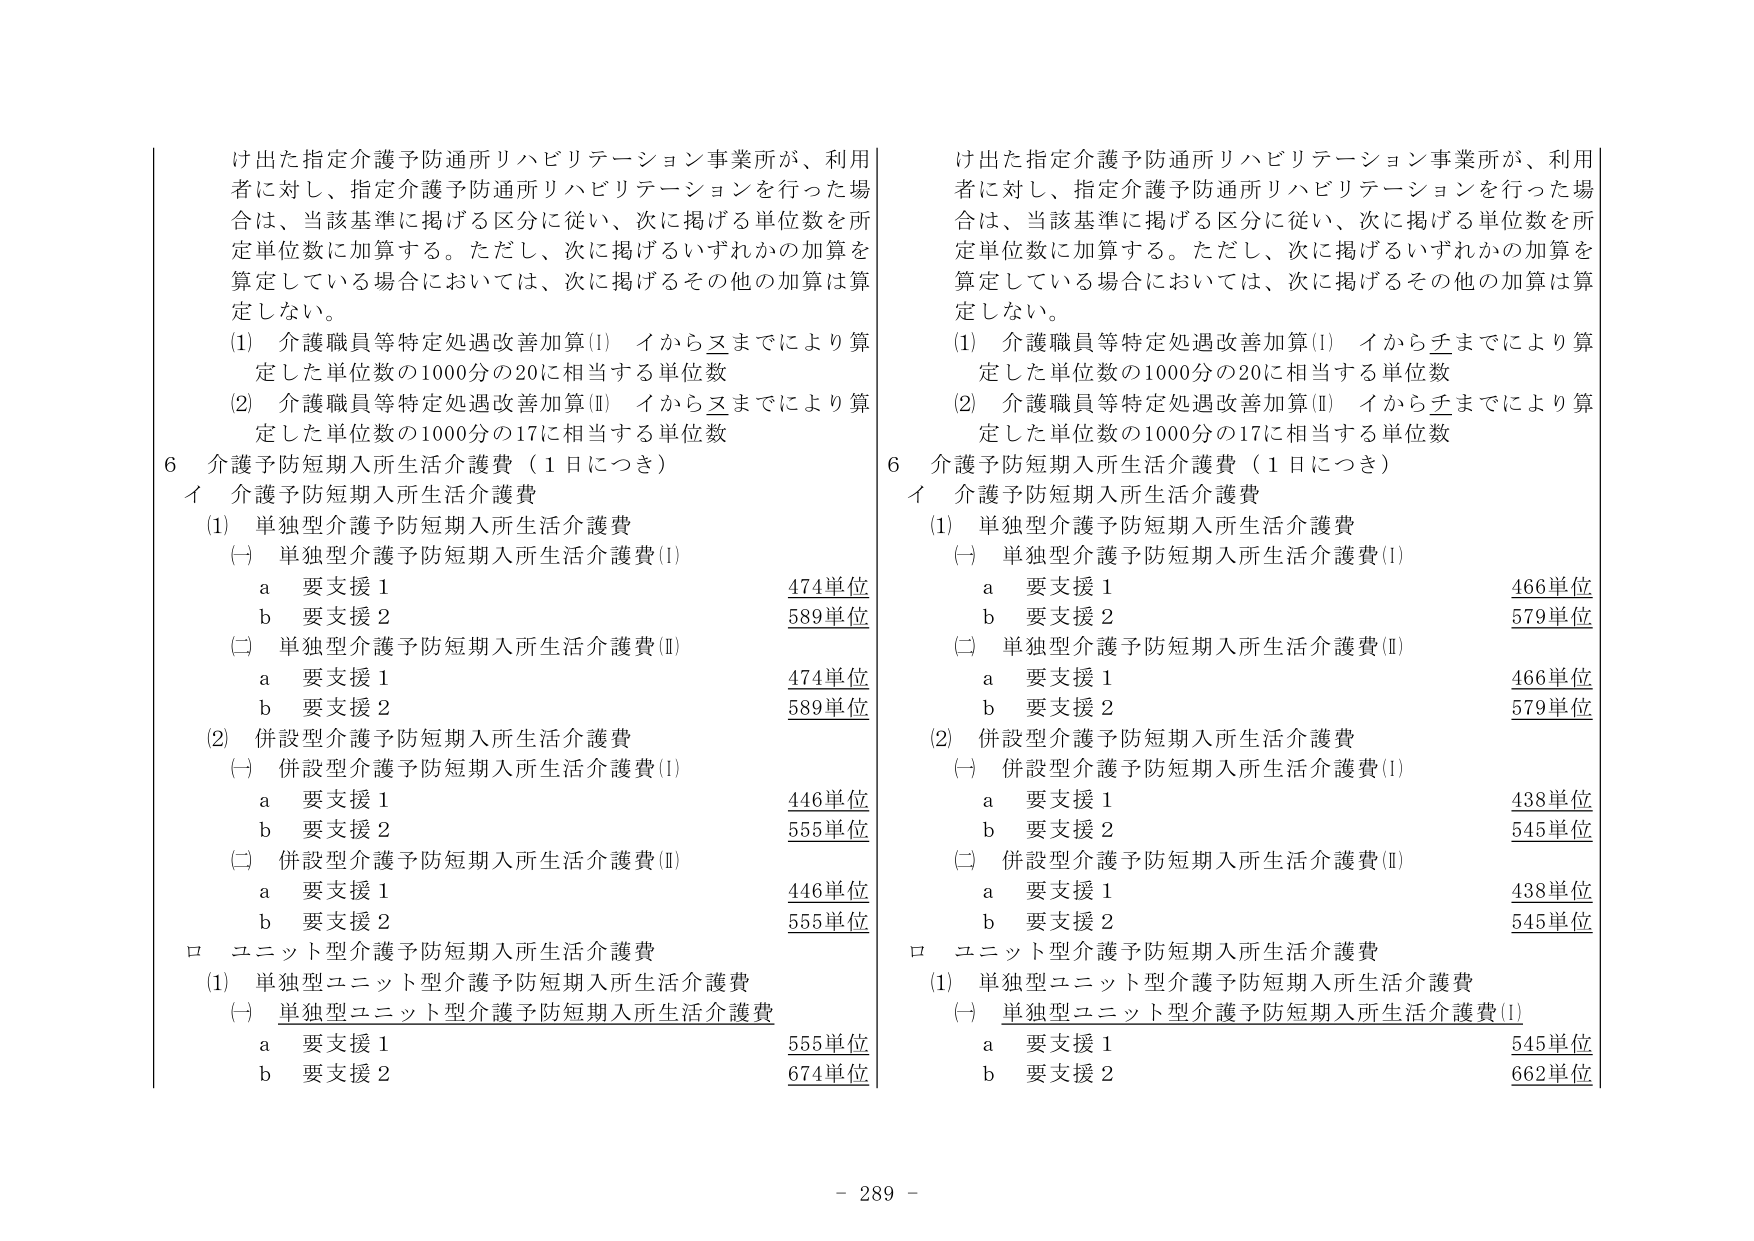
け出た指定介護予防通所リハビリテーション事業所が、利用者に対し、指定介護予防通所リハビリテーションを行った場合は、当該基準に掲げる区分に従い、次に掲げる単位数を所定単位数に加算する。ただし、次に掲げるいずれかの加算を算定している場合においては、次に掲げるその他の加算は算定しない。

(1) 介護職員等特定処遇改善加算(Ⅰ) イからヌまでにより算定した単位数の1000分の20に相当する単位数
(2) 介護職員等特定処遇改善加算(Ⅱ) イからヌまでにより算定した単位数の1000分の17に相当する単位数

6 介護予防短期入所生活介護費（1日につき）
イ 介護予防短期入所生活介護費
(1) 単独型介護予防短期入所生活介護費
(一) 単独型介護予防短期入所生活介護費(Ⅰ)
　a 要支援1 474単位
　b 要支援2 589単位
(二) 単独型介護予防短期入所生活介護費(Ⅱ)
　a 要支援1 474単位
　b 要支援2 589単位
(2) 併設型介護予防短期入所生活介護費
(一) 併設型介護予防短期入所生活介護費(Ⅰ)
　a 要支援1 446単位
　b 要支援2 555単位
(二) 併設型介護予防短期入所生活介護費(Ⅱ)
　a 要支援1 446単位
　b 要支援2 555単位
ロ ユニット型介護予防短期入所生活介護費
(1) 単独型ユニット型介護予防短期入所生活介護費
(一) 単独型ユニット型介護予防短期入所生活介護費
　a 要支援1 555単位
　b 要支援2 674単位

け出た指定介護予防通所リハビリテーション事業所が、利用者に対し、指定介護予防通所リハビリテーションを行った場合は、当該基準に掲げる区分に従い、次に掲げる単位数を所定単位数に加算する。ただし、次に掲げるいずれかの加算を算定している場合においては、次に掲げるその他の加算は算定しない。

(1) 介護職員等特定処遇改善加算(Ⅰ) イからチまでにより算定した単位数の1000分の20に相当する単位数
(2) 介護職員等特定処遇改善加算(Ⅱ) イからチまでにより算定した単位数の1000分の17に相当する単位数

6 介護予防短期入所生活介護費（1日につき）
イ 介護予防短期入所生活介護費
(1) 単独型介護予防短期入所生活介護費
(一) 単独型介護予防短期入所生活介護費(Ⅰ)
　a 要支援1 466単位
　b 要支援2 579単位
(二) 単独型介護予防短期入所生活介護費(Ⅱ)
　a 要支援1 466単位
　b 要支援2 579単位
(2) 併設型介護予防短期入所生活介護費
(一) 併設型介護予防短期入所生活介護費(Ⅰ)
　a 要支援1 438単位
　b 要支援2 545単位
(二) 併設型介護予防短期入所生活介護費(Ⅱ)
　a 要支援1 438単位
　b 要支援2 545単位
ロ ユニット型介護予防短期入所生活介護費
(1) 単独型ユニット型介護予防短期入所生活介護費
(一) 単独型ユニット型介護予防短期入所生活介護費(Ⅰ)
　a 要支援1 545単位
　b 要支援2 662単位

- 289 -